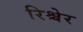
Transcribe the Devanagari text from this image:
रिश्चेर